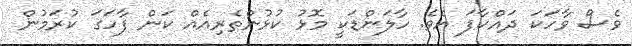
ވެސް ވާހަކަ ދައްކާފަ އެވެ. ހާލަންޑަކީ މޮޅު ކުޅުންތެރިއެއް ކަން ފާހަގަ ކުރަމުން